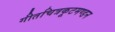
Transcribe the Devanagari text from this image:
गीतचित्रकूटमण्डन